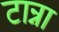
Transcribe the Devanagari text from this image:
टान्ना